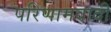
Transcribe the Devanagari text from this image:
परिणामवादी